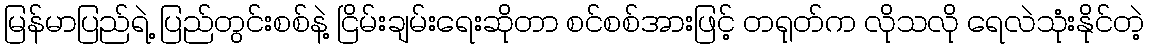
မြန်မာပြည်ရဲ့ ပြည်တွင်းစစ်နဲ့ ငြိမ်းချမ်းရေးဆိုတာ စင်စစ်အားဖြင့် တရုတ်က လိုသလို ရေလဲသုံးနိုင်တဲ့